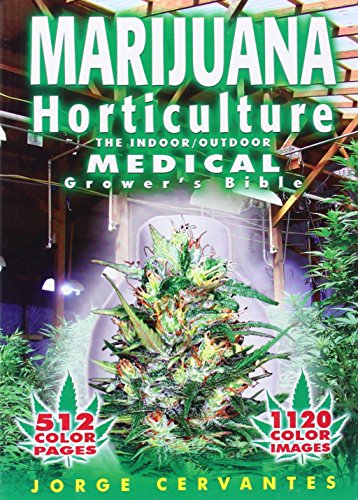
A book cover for Marijuana Horticulture: The Indoor/Outdoor Medical Grower's Bible; Jorge Cervantes; Humor & Entertainment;